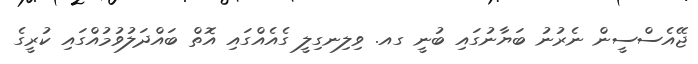
ޖޭއެސްސީން ނެރުނު ބަޔާނުގައި ބުނީ ގއ. ވިލިނގިލީ ގެއެއްގައި އޮތް ބައްދަލުވުމުއްގައި ކުރީގެ